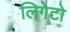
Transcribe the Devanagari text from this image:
लिगेटो